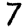
Digit: 7